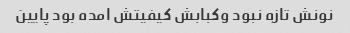
نونش تازه نبود وکبابش کیفیتش امده بود پایین